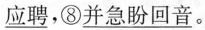
\underline{应聘}，⑧\underline{并急盼回音}。